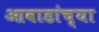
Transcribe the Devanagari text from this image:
आवाडांच्या